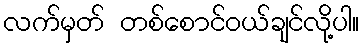
လက်မှတ် တစ်စောင်ဝယ်ချင်လို့ပါ။